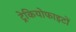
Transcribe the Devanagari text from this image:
ट्रेकियोफाइटों